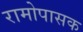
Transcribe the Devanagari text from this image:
रामोपासक